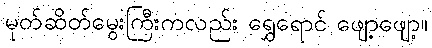
မုတ်ဆိတ်မွေးကြီးကလည်း ရွှေရောင် ဖျော့ဖျော့။